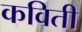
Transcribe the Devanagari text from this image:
कविती